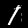
Label: 1